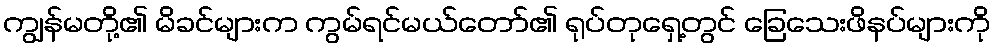
ကျွန်မတို့၏ မိခင်များက ကွမ်ရင်မယ်တော်၏ ရုပ်တုရှေ့တွင် ခြေသေးဖိနပ်များကို